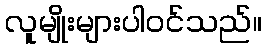
လူမျိုးများပါဝင်သည်။